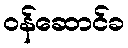
ဝန်ဆောင်ခ